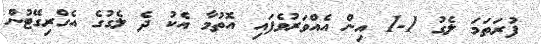
ފުރަތަމަ ލެގު 1-1 އިން އެއްވަރުވެފައި އޮތުމާ އެކު ދެ ލެގުގެ އެގްރިގޭޓުން